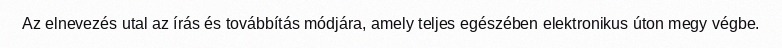
Az elnevezés utal az írás és továbbítás módjára, amely teljes egészében elektronikus úton megy végbe.